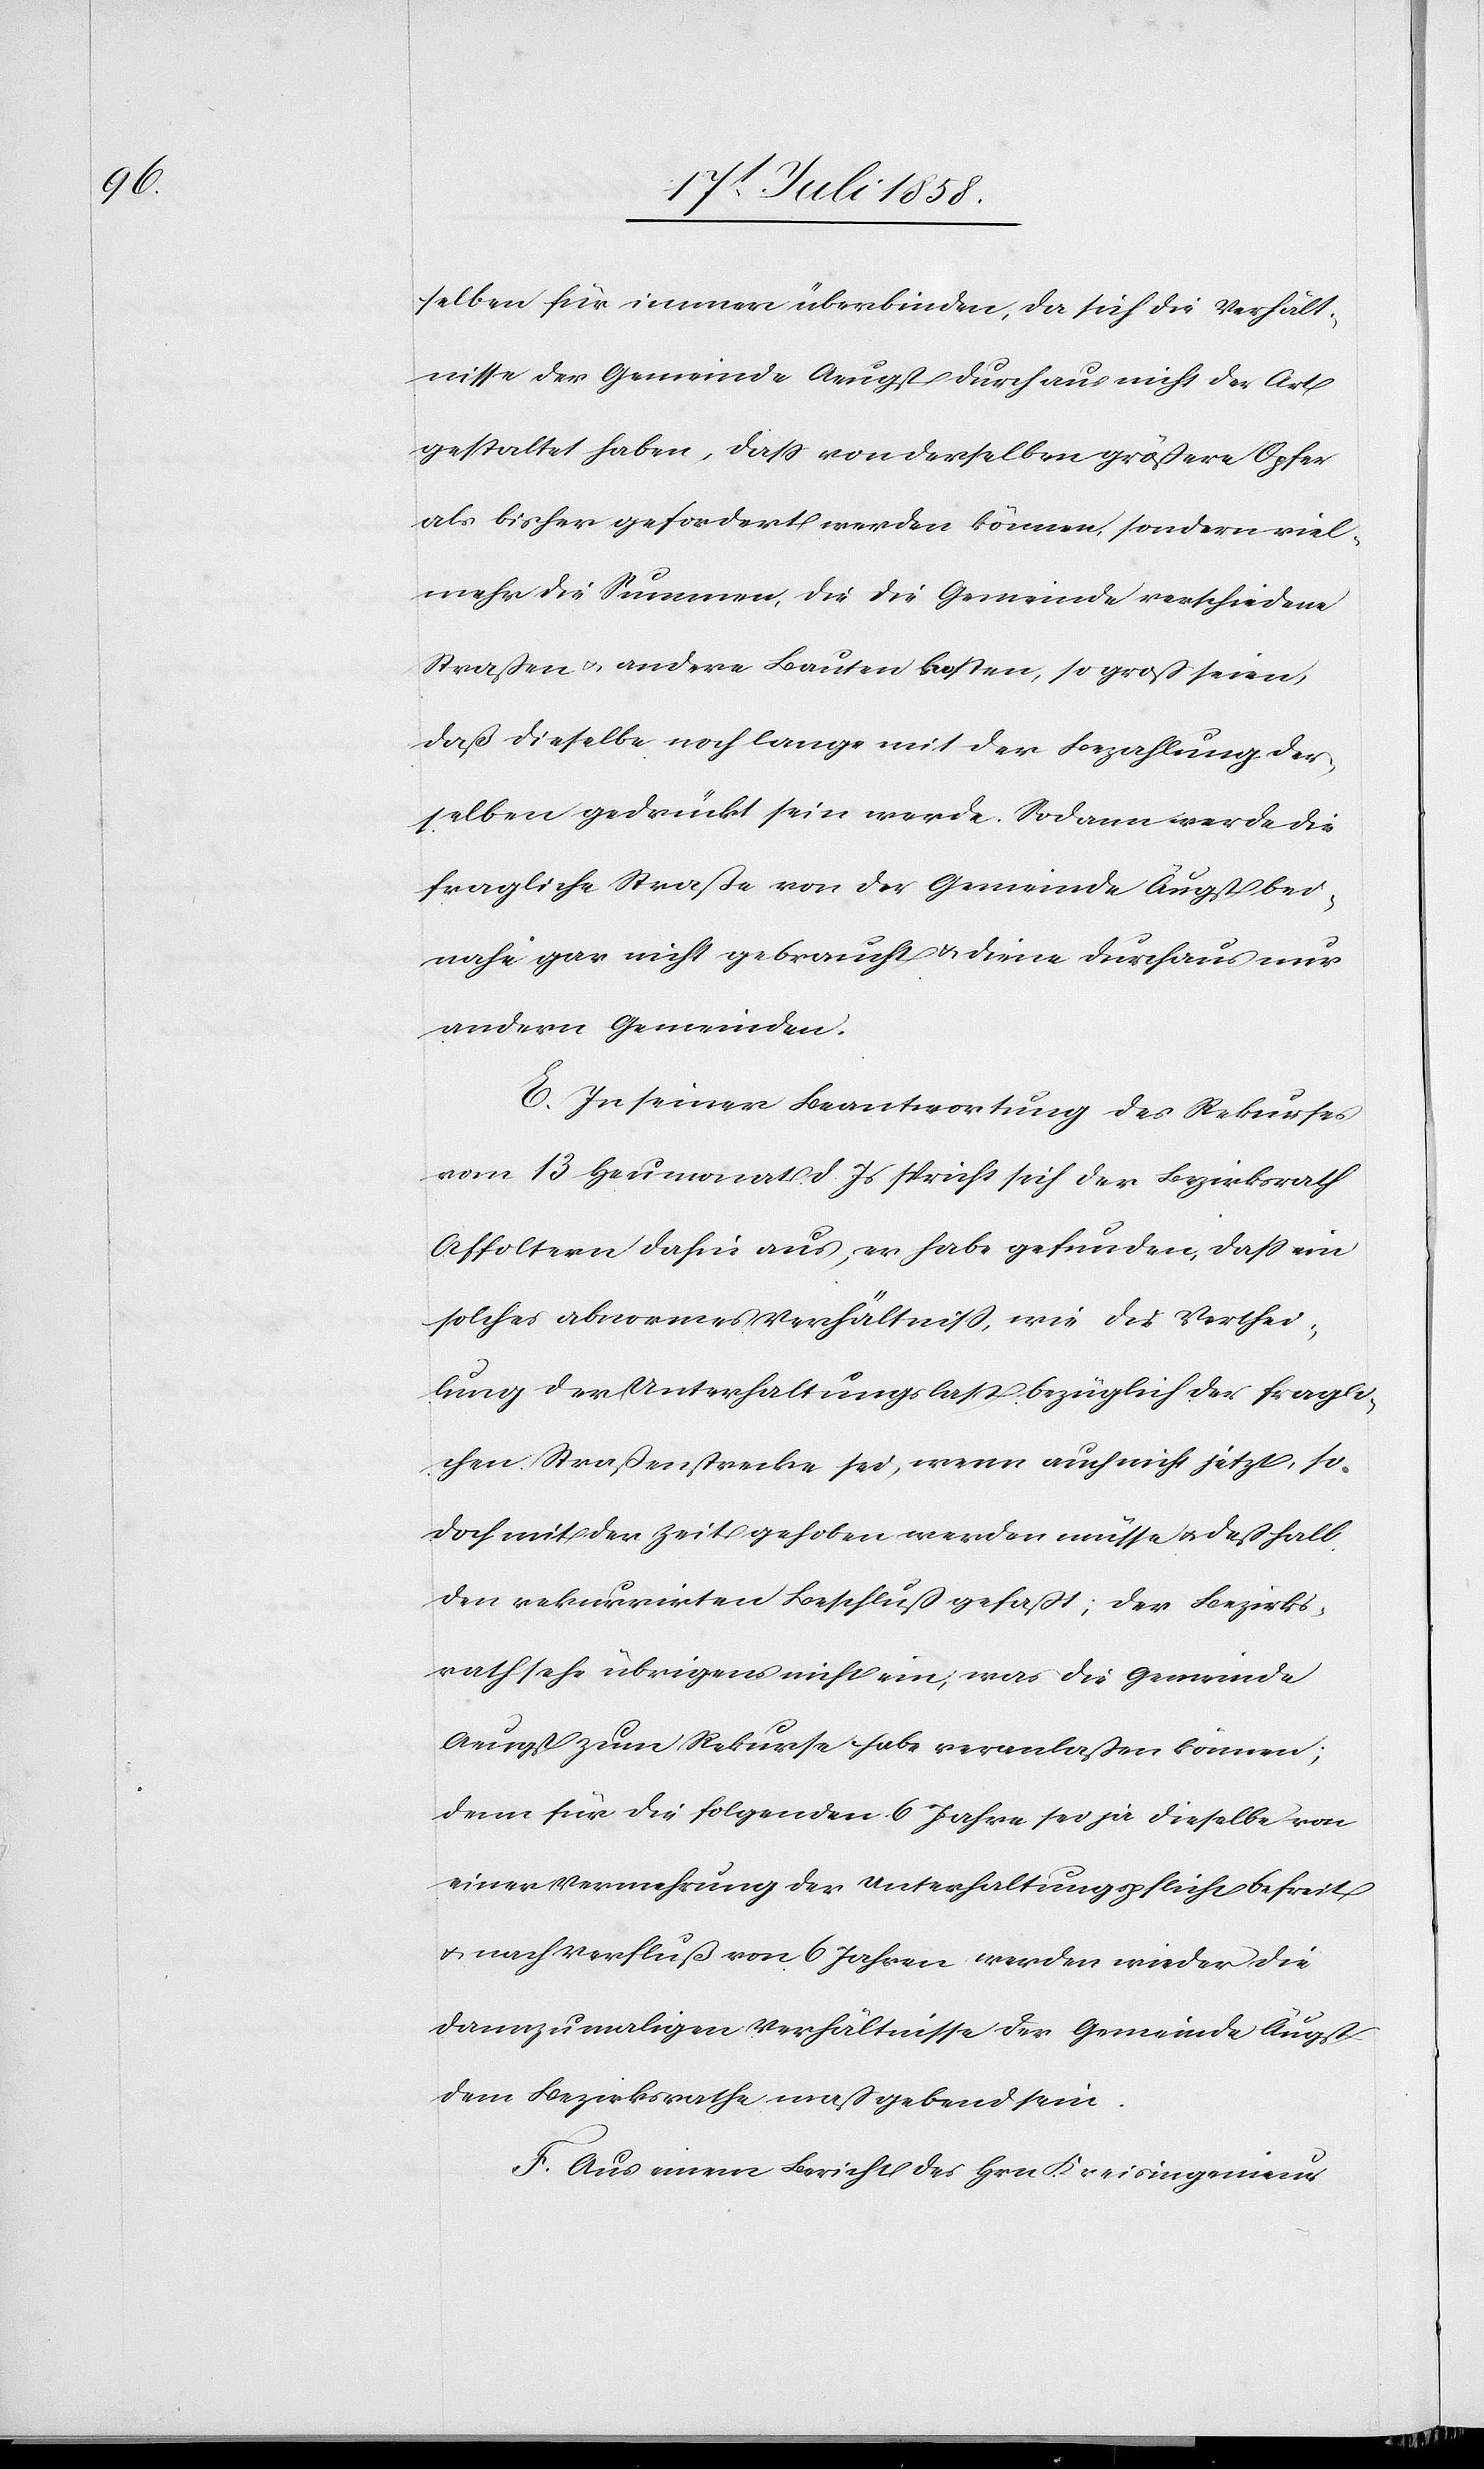
selben für immer überbinden, da sich die Verhält¬
nisse der Gemeinde Aeugst durchaus nicht der Art
gestaltet haben, dass von derselben größere Opfer
als bisher gefordert werden können, sondern viel¬
mehr die Summen, die die Gemeinde verschiedene
Straßen & andere Bauten kosten, so groß seien,
daß dieselbe noch lange mit der Bezahlung der¬
selben gedrückt sein werde. Sodann werde die
fragliche Straße von der Gemeinde Äugst bei¬
nahe gar nicht gebraucht & diene durchaus nur
andern Gemeinden.
E. In seiner Beantwortung des Rekurses
vom 13 Heumonat d. Js spricht sich der Bezirksrath
Affoltern dahin aus, er habe gefunden, dass ein
solches abnormes Verhältniss, wie die Verthei¬
lung der Unterhaltungslast bezüglich der fragli¬
chen Straßenstrecke sei, wenn auch nicht jetzt, so
doch mit der Zeit gehoben werden müsse & deßhalb
den rekurrirten Beschluß gefaßt; der Bezirks¬
rath sehe übrigens nicht ein, was die Gemeinde
Aeugst zum Rekurse habe veranlaßen können;
denn für die folgenden 6 Jahre sei ja dieselbe von
einer Vermehrung der Unterhaltungspflicht befreit
& nach Verfluß von 6 Jahren werden wieder die
dannzumaligen Verhältnisse der Gemeinde Äugst
dem Bezirksrathe maßgebend sein.
F. Aus einem Bericht des Hrn. Kreisingenieur